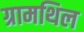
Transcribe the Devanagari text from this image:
ग्रामथिल